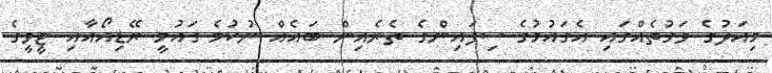
މިއަދުގެ ވަގުތެއްގައި އެގައުމުގެ ސިފައިންގެ ތެރެއިން ބައެއް ނުކުމެ ގައުމީ ރޭޑިއޯއާއި ޓީވީގެ